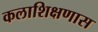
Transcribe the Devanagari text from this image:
कलाशिक्षणास